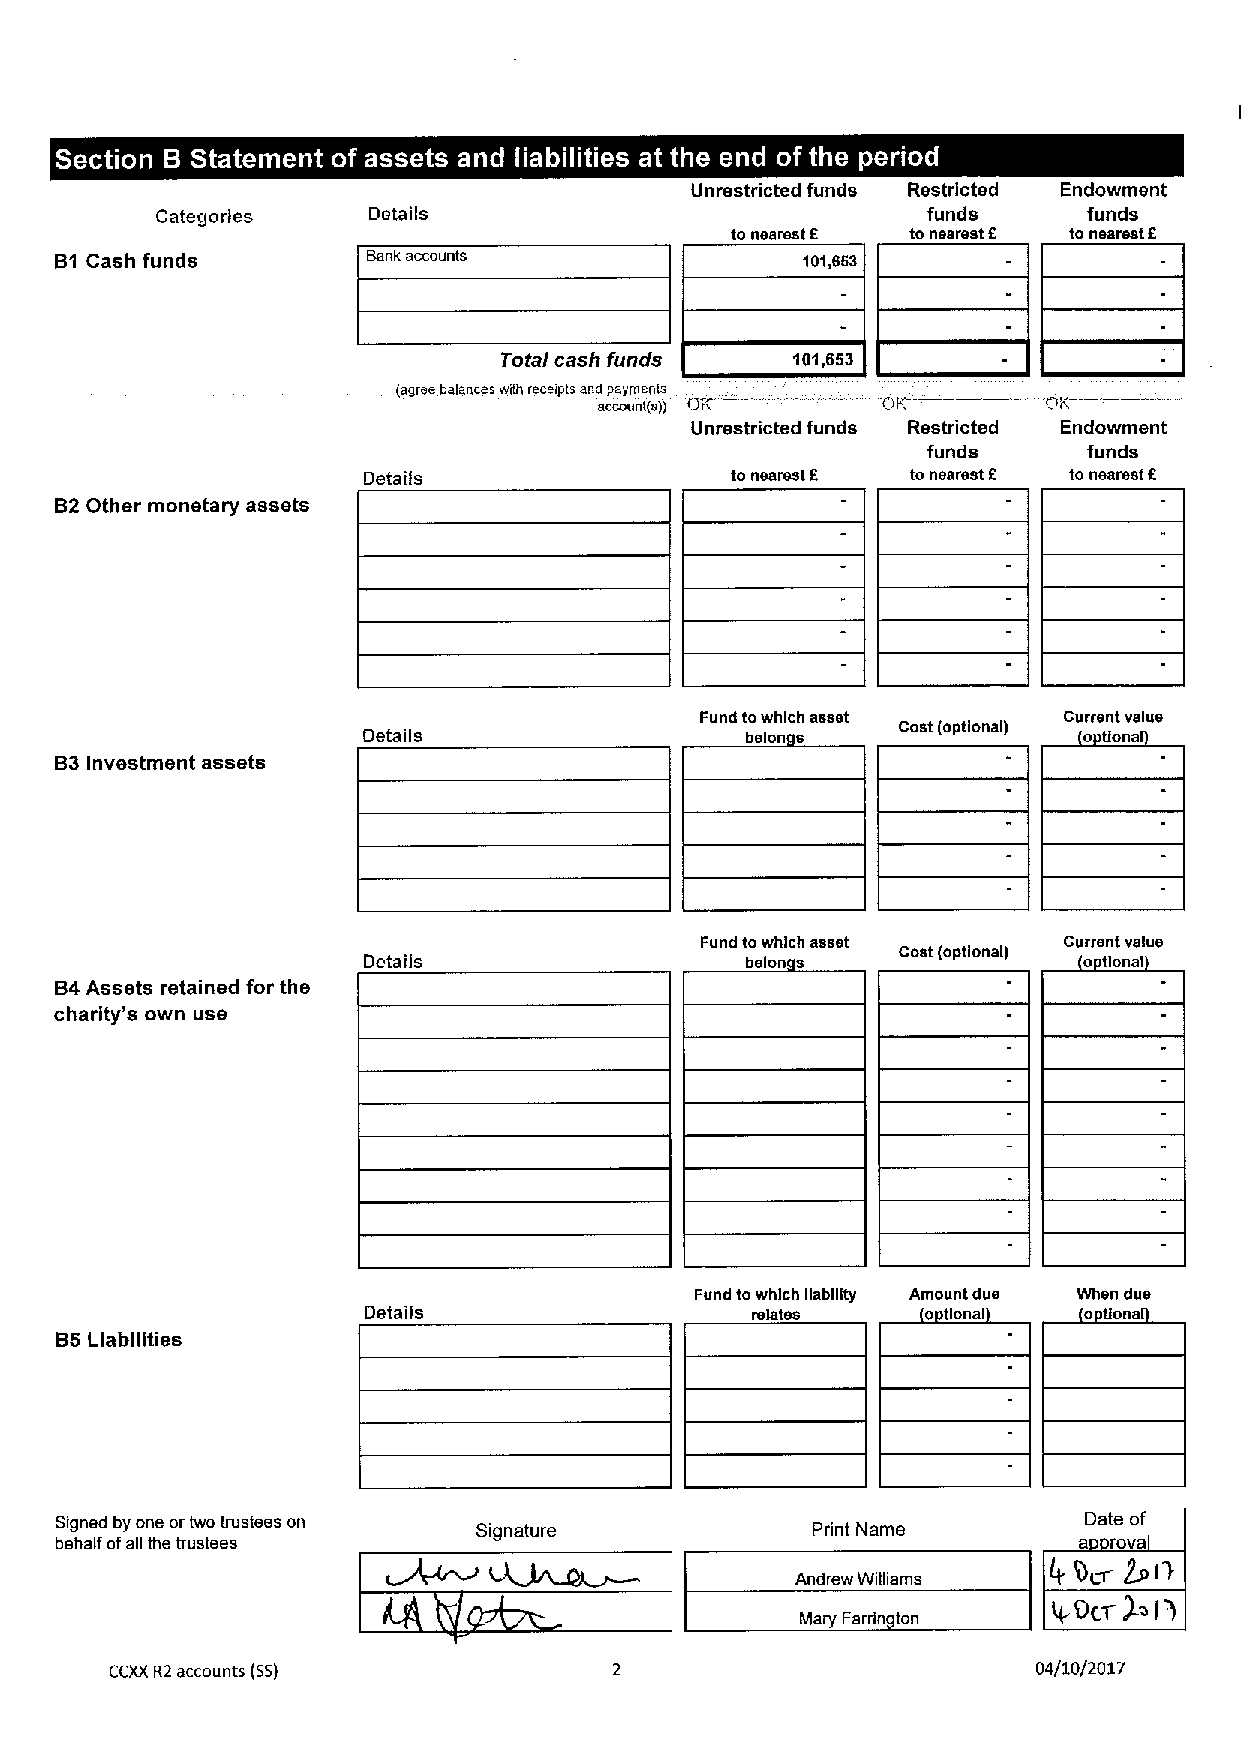
~ ~ ~            ~ ~    ~  ~ ~
 Unrestricted funds Restricted Endowment
 Categories    Details                              funds      funds
 to nearest f to nearestf to nearest f
 B1 Cash funds       Bank accounts                101,663
 Total cash funds   101,653
 (sgros balances with receipts sod psrrospts
 scccuot(s)) rg(C  DK         Ctf
 Unrestricted funds Restricted Endowment
 funds      funds
 Details                 to nsal'est f to nearest f to nearestf
 B2Other monetary assets
 Fund towhich assot      Current value
 Details                  baton s   Cost (optional) 8 tlona
 B3Investment assets
 Fund towhich asset      Current volvo
 Details                  bolon s   Cost (optional) 8 tlonal
 B4Assets retained for the
 charity's own use
 Fund towhich llablllty Amount dus When due
 Details                   lalatas    8 tlonal   o tlona
 B5Liabiiities
 Signed by one ortwo trustees on Signature         Print Name        Date of
 behalf ofall the trustees                                          6 rove
 Andrew Williams
 Mary Farrln ton
 CCXXR2accounts (55)                                           04/10/2017